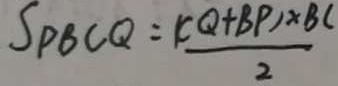
S _ { P B C Q } = \frac { ( C Q + B P ) \times B C } { 2 }